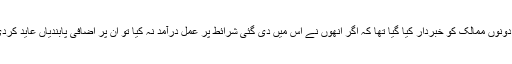
قرارداد میں دونوں ممالک کو خبردار کیا گیا تھا کہ اگر انھوں نے اس میں دی گئی شرائط پر عمل درآمد نہ کیا تو ان پر اضافی پابندیاں عاید کردی جائیں گی۔